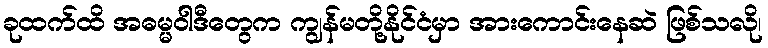
ခုထက်ထိ အဓမ္မဝါဒီတွေက ကျွန်မတို့နိုင်ငံမှာ အားကောင်းနေဆဲ ဖြစ်သလို၊